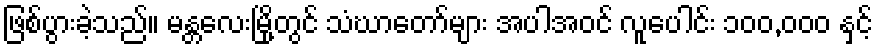
ဖြစ်ပွားခဲ့သည်။ မန္တလေးမြို့တွင် သံဃာတော်များ အပါအဝင် လူပေါင်း ၁၀၀,၀၀၀ နှင့်